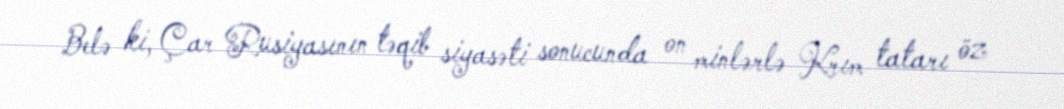
Belə ki, Çar Rusiyasının təqib siyasəti sonucunda on minlərlə Krım tatarı öz